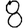
Digit: 8